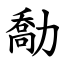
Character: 勪